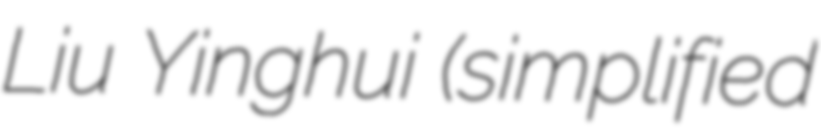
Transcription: Liu Yinghui (simplified